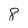
Character: 8